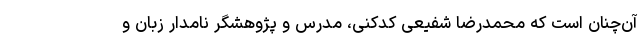
آن‌چنان است که محمدرضا شفیعی کدکنی، مدرس و پژوهشگر نامدار زبان و